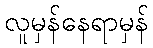
လူမှန်နေရာမှန်